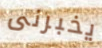
يخبرنى